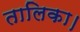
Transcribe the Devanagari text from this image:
तालिका।